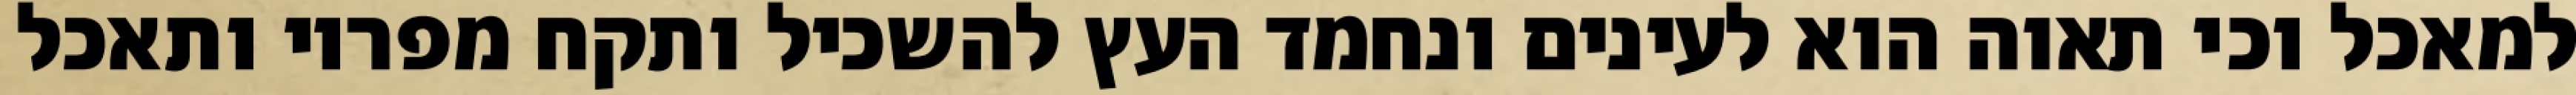
למאכל וכי תאוה הוא לעינים ונחמד העץ להשכיל ותקח מפריו ותאכל